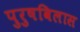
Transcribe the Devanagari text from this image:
पुरुषविलास